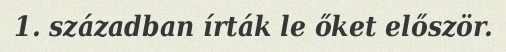
1. században írták le őket először.